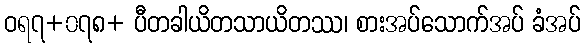
ဝရ၇+၀၇၈+ ပီတခါယိတသာယိတဿ၊ စားအပ်သောက်အပ် ခံအပ်